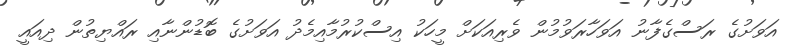
އަވަށުގެ ރަސްގެފާނު އަވަހާރަވުމުން ވެރިއަކަށް މީހަކު އިސްކުރުމާއިމެދު އަވަށުގެ ބޮޑުންނާއި ރައްޔިތުން ދިއައީ